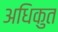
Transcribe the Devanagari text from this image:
अधिकुत